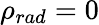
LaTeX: \rho_{rad}=0